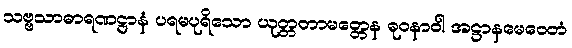
သဗ္ဗသာဓာရဏဋ္ဌာနံ ပရမပုရိသော ယုတ္တတာမတ္တေန ဓုဝနာဝါ အဋ္ဌာနမေဝေတံ